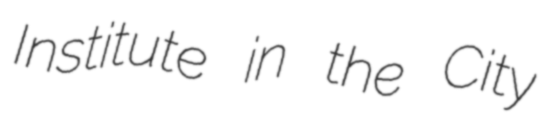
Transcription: Institute in the City